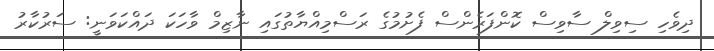
ދިވެހި ސިވިލް ސާވިސް ކޮންފަރެންސް ފެށުމުގެ ރަސްމިއްޔާތުގައި ނާޒިމް ވާހަކަ ދައްކަވަނީ: ސަރުކާރު